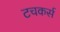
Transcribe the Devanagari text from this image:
टचकर्स